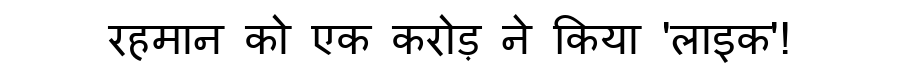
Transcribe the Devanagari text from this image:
रहमान को एक करोड़ ने किया 'लाइक'!